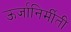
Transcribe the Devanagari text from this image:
ऊर्जानिर्मीती